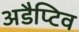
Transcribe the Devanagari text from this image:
अडैप्टिव